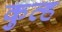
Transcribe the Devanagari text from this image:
कुव्ह